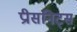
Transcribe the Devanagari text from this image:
प्रीसनिट्स